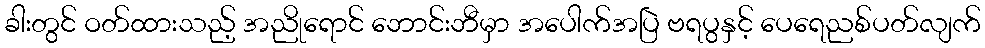
ခါးတွင် ဝတ်ထားသည့် အညိုရောင် ဘောင်းဘီမှာ အပေါက်အပြဲ ဗရပွနှင့် ပေရေညစ်ပတ်လျက်